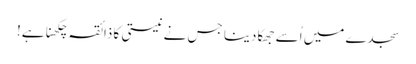
سجدے میں اُسے جھکا دینا جس نے نیستی کا ذائقہ چکھنا ہے!